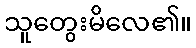
သူတွေးမိလေ၏။